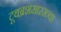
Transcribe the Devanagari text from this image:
टूथब्रशसारख्या